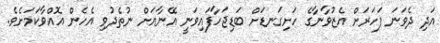
އަދި ދެވަނަ ފަހަރަށް އެޒުވާނާގެ ހަށިގަނޑަށް ބަޑިޖަހާފައިވަނީ އޭނާއަށް ނުތެދުވި އެހެން އޮއްވާކަމަށެވެ.